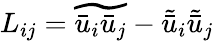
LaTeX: L_{ij}=\widetilde{{{\bar{u}}_{i}}{{\bar{u}}_{j}}}-{{\tilde{\bar{u}}}_{i}}{{\tilde{\bar{u}}}_{j}}